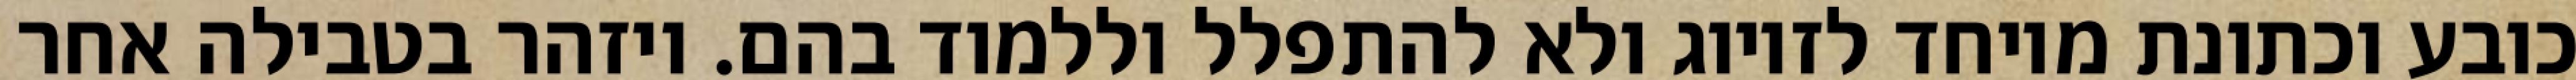
כובע וכתונת מיוחד לזיווג ולא להתפלל וללמוד בהם. ויזהר בטבילה אחר